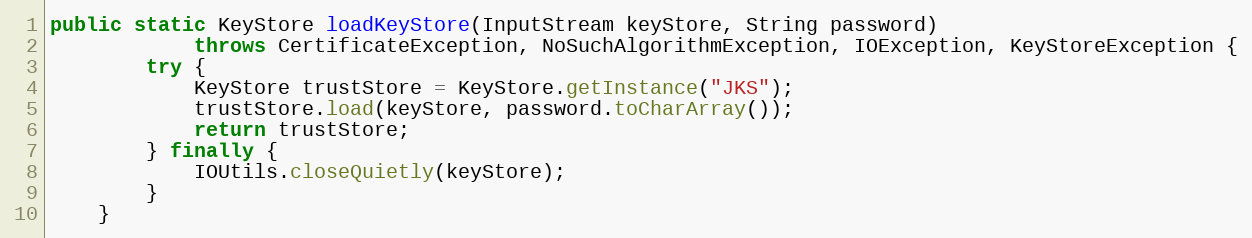
Language: Java
public static KeyStore loadKeyStore(InputStream keyStore, String password)
            throws CertificateException, NoSuchAlgorithmException, IOException, KeyStoreException {
        try {
            KeyStore trustStore = KeyStore.getInstance("JKS");
            trustStore.load(keyStore, password.toCharArray());
            return trustStore;
        } finally {
            IOUtils.closeQuietly(keyStore);
        }
    }